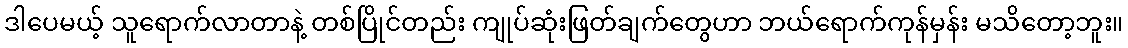
ဒါပေမယ့် သူရောက်လာတာနဲ့ တစ်ပြိုင်တည်း ကျုပ်ဆုံးဖြတ်ချက်တွေဟာ ဘယ်ရောက်ကုန်မှန်း မသိတော့ဘူး။